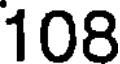
108